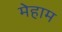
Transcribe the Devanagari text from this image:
मेहाम